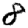
Digit: 8